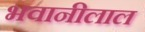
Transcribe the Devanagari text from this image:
भवानीलाल